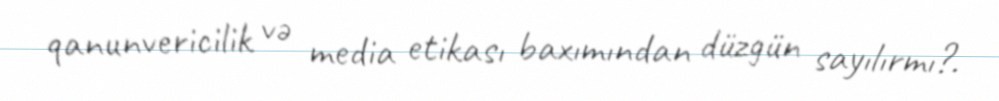
qanunvericilik və media etikası baxımından düzgün sayılırmı?.